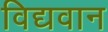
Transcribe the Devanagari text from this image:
विद्यवान